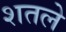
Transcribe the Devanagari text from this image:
शतले